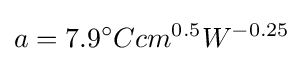
a=7.9^{\circ }Ccm^{0.5}W^{-0.25}